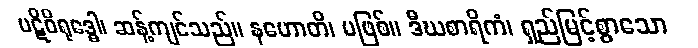
ပဋိဝိရုဒ္ဓေါ၊ ဆန့်ကျင်သည်။ နဟောတိ၊ မဖြစ်။ ဒီဃစာရိကံ၊ ရှည်မြင့်စွာသော